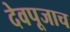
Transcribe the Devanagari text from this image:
देवपूजाच